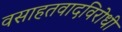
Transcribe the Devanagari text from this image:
वसाहतवादविरोधी